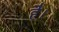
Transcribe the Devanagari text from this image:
हे॑।